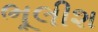
ભૂલીશ